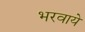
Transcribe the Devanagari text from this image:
भरवाये